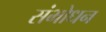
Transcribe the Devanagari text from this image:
संभोधन